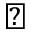
\flat